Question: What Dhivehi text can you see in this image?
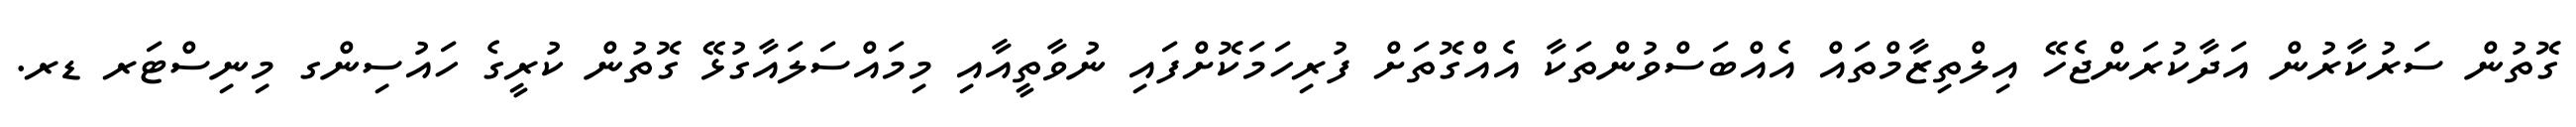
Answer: ގޮތުން ސަރުކާރުން އަދާކުރަންޖެހޭ އިލްތިޒާމްތައް އެއްބަސްވުންތަކާ އެއްގޮތަށް ފުރިހަމަކޮށްފައި ނުވާތީއާއި މިމައްސަލައާގުޅޭ ގޮތުން ކުރީގެ ހައުސިންގ މިނިސްޓަރ ޑރ.